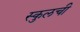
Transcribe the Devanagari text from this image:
स्कुलची